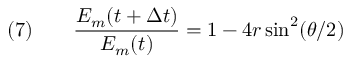
\quad ( 7 ) \qquad { \frac { E _ { m } ( t + \Delta t ) } { E _ { m } ( t ) } } = 1 - 4 r \sin ^ { 2 } ( \theta / 2 )